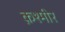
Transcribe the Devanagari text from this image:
क़श्मीर